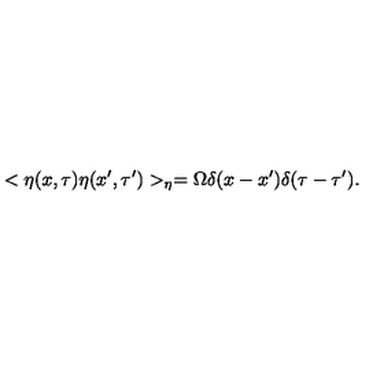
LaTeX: < \eta ( x , \tau ) \eta ( x ^ { \prime } , \tau ^ { \prime } ) > _ { \eta } = \Omega \delta ( x - x ^ { \prime } ) \delta ( \tau - \tau ^ { \prime } ) .